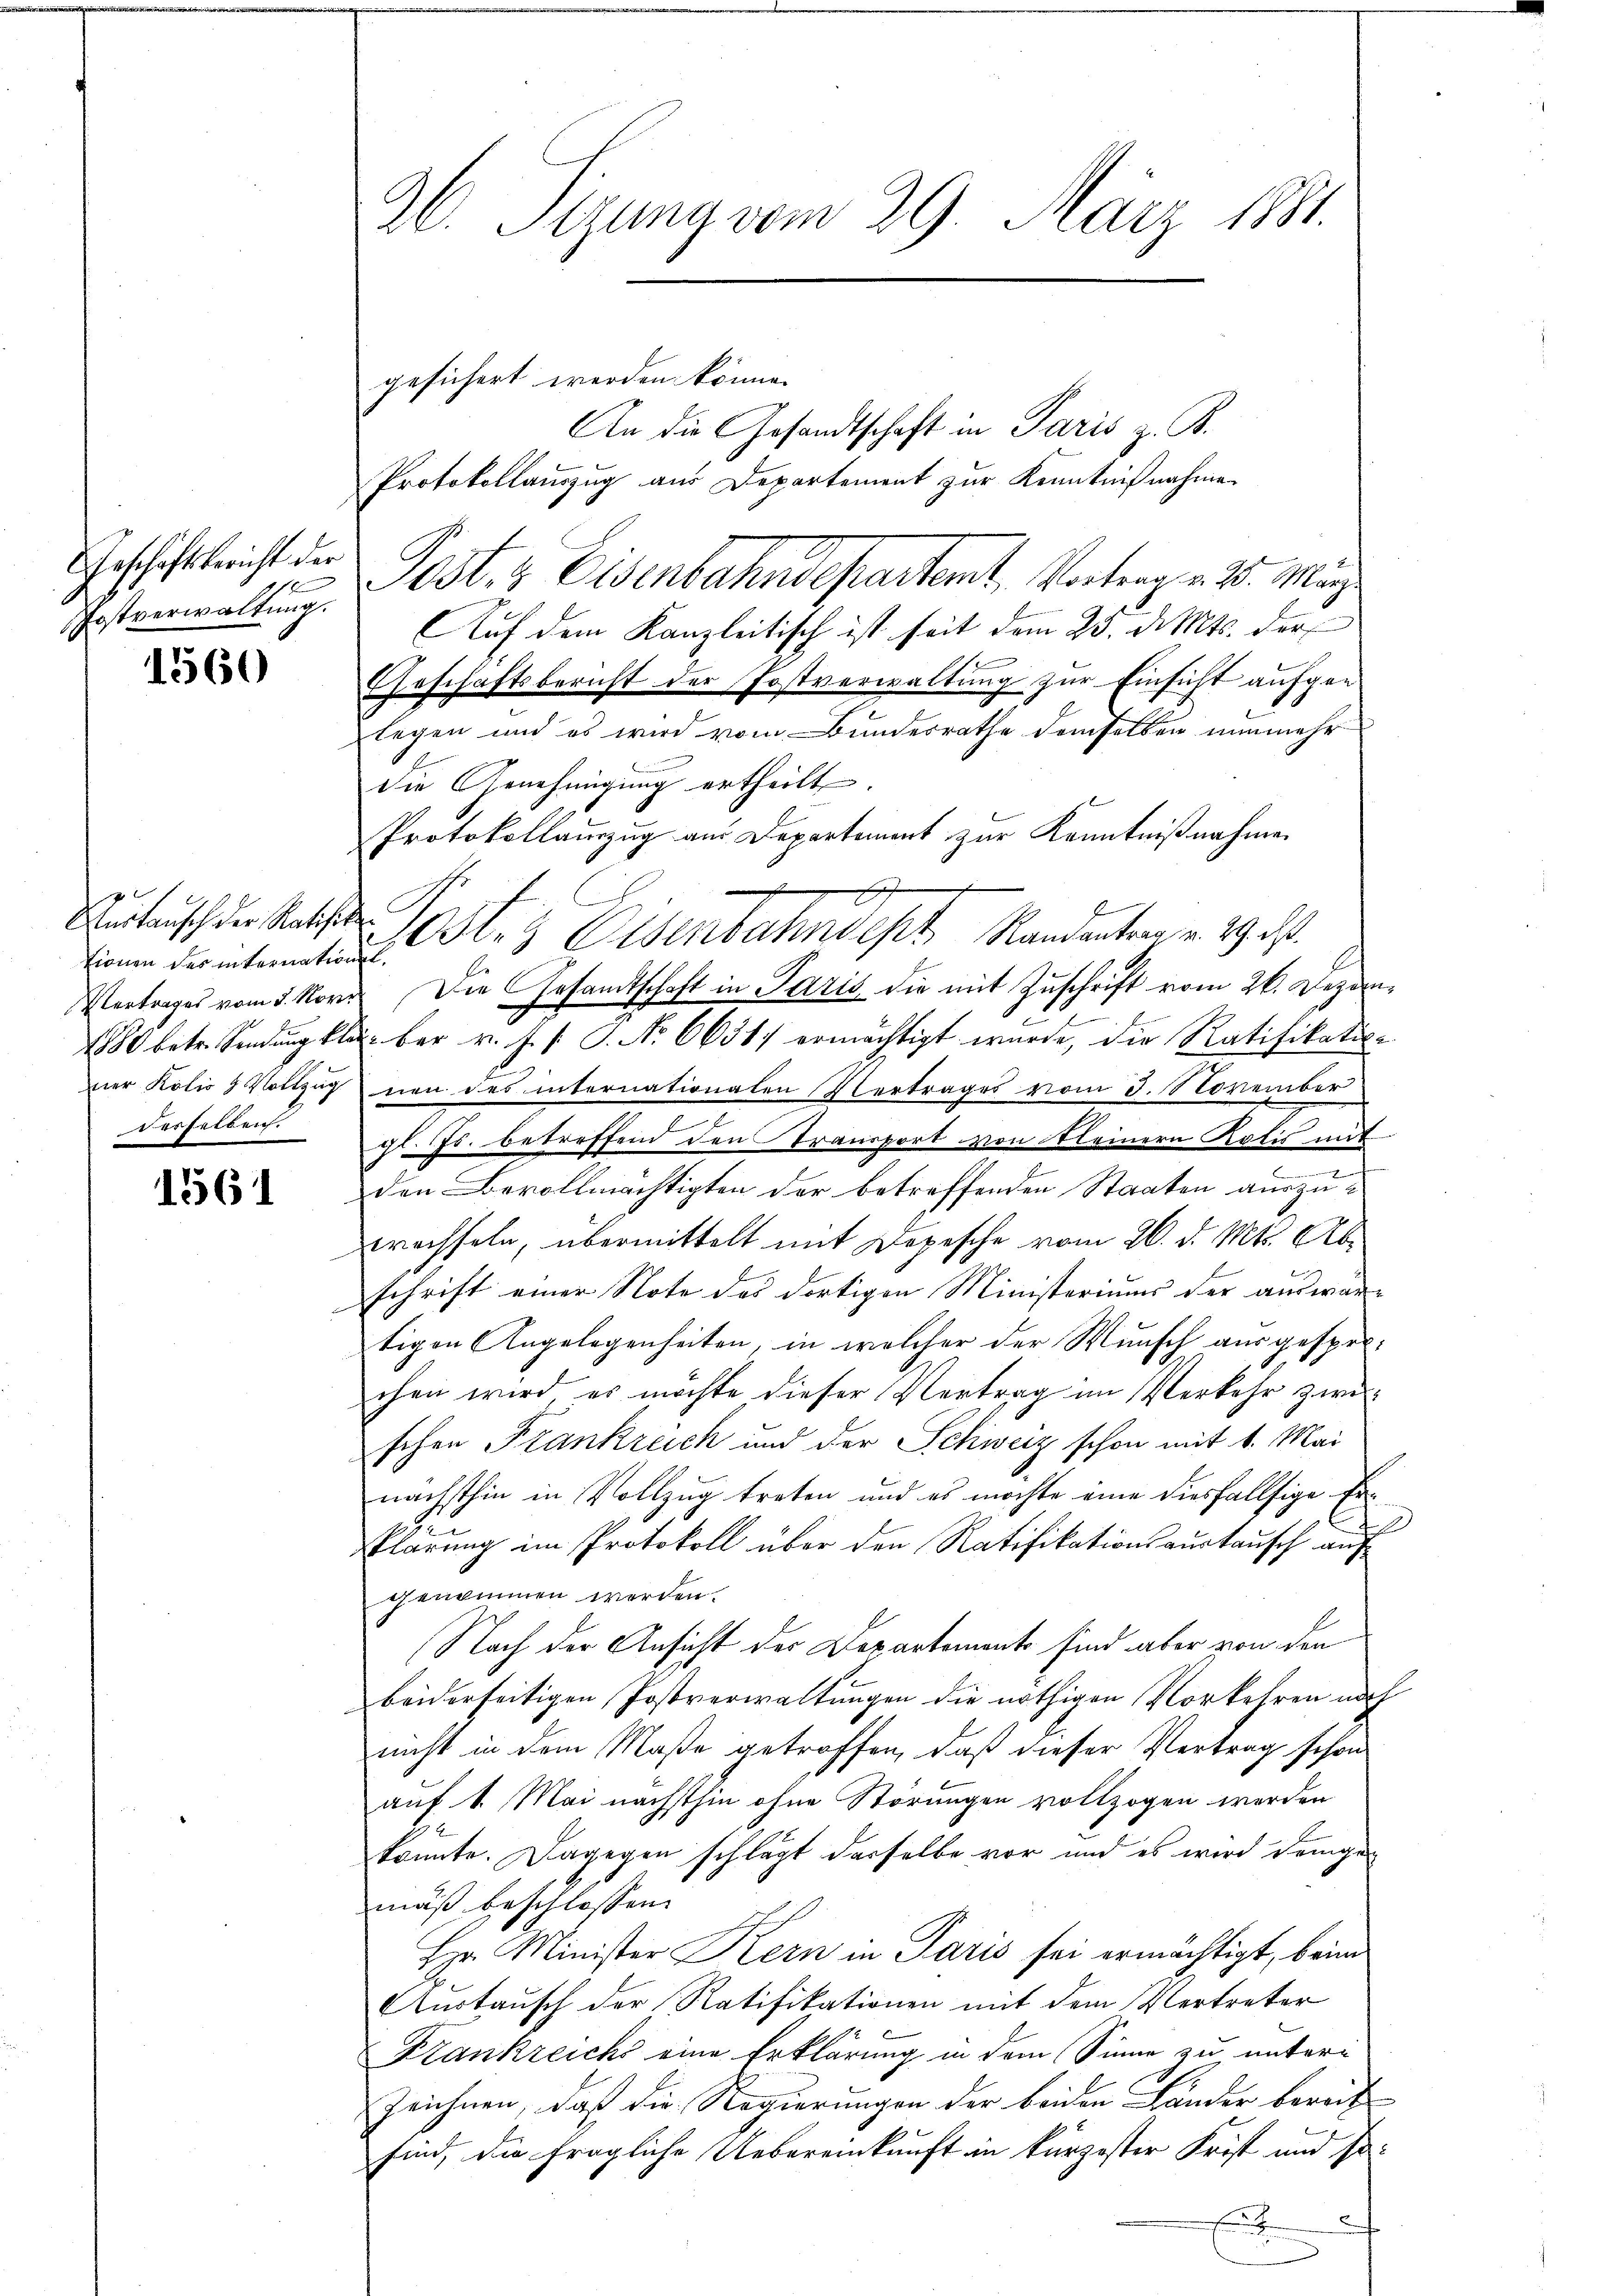
Geschäftsbericht der
Postverwaltung.

1560

tionen des internationel
derselben.

1561

26. Sizung vom 29. März 1881.

gesichert werden könne.
An die Gesandtschaft in Paris z. B.
Protokollauszug aus Departement zur Kenntnißnahme
Post & Eisenbahndepartamt Vortrag v. 25. März
Auf dem Kanzleitisch ist seit dem 25. d. Mts. der
Geschäftsbericht der Postverwaltung zur Einsicht aufgen
legen und es wird vom Bundesrathe demselben nunmehr
die Genehmigung ertheilt.
Protokollauszug aus Departement zur Kenntnißnahmen
.
Cib
Aertausch der Rats Post 3 Eisenbahndept Randantrag v. 29. ds.
Vertrages vom 5. Nov. Die Gesandtschaft in Paris die mit Zuschrift vom 26. Dezem¬
1880 betr. Sindŭng klar bar u. s. f. P. No 6631. ermächtigt wurde, die Ratifikation
ner Kolis 3 Vottzug von des internationalen Vertrages vom 3. November
gl. Js. betreffend den Transport von kleinern Kolis mit
den Bevollmächtigten der betreffenden Staaten auszuwachseln, übermittelt mit Depesche vom 26. d. Mts. Ab
schrift einer Note des dortigen Ministeriums der auswärtigen Angelegenheiten, in welcher der Wunsch ausgesprochen wird, es möchte dieser Vertrag im Verkehr zwischen Frankreich und der Schweiz schon mit 1. Mai
nächsthin in Vollzug treten und es möchte eine diesfallsige Erklärung im Protokoll über den Ratifikationsaustausch auf
genommen werden.
Nach der Ansicht der Departements sind aber von den
beiderseitigen Postverwaltungen die nöthigen Vorkehren noch
nicht in dem Maße getroffen, daß dieser Vertrag schon
auf 1. Mai nächsthin ohne Störungen vollzogen werden
konnte. Dagegen schlägt derselbe vor und es wird demgemäß beschlossen:
Hr. Minister Kern in Paris sei ermächtigt, beind
Austausch der Ratifikationen mit dem Vertreter
Frankreichs eine Erklärung in dem Sinne zu unteri
Zeichnen, daß die Regierungen der beiden Länder bereit
sind, die fragliche Uebereinkunft in kürzester Frist und so¬
Ent